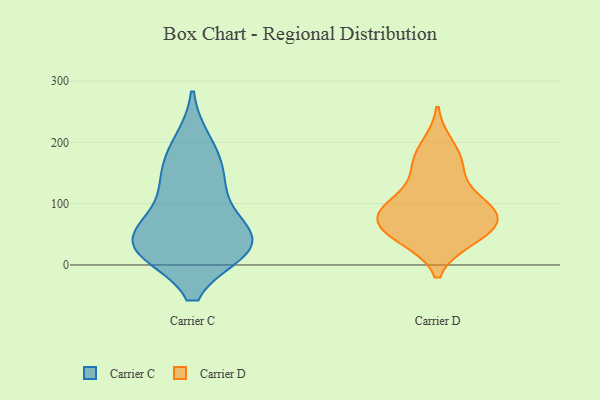
{"axis": {"x": "Revenue (USD Million)", "y": "Value"}, "legend": ["Carrier C", "Carrier D"], "data": [{"x": "", "y": 163, "type": "Carrier C"}, {"x": "", "y": 105, "type": "Carrier C"}, {"x": "", "y": 197, "type": "Carrier C"}, {"x": "", "y": 30, "type": "Carrier C"}, {"x": "", "y": 31, "type": "Carrier C"}, {"x": "", "y": 42, "type": "Carrier C"}, {"x": "", "y": 28, "type": "Carrier C"}, {"x": "", "y": 54, "type": "Carrier C"}, {"x": "", "y": 28, "type": "Carrier C"}, {"x": "", "y": 139, "type": "Carrier C"}, {"x": "", "y": 194, "type": "Carrier D"}, {"x": "", "y": 43, "type": "Carrier D"}, {"x": "", "y": 49, "type": "Carrier D"}, {"x": "", "y": 110, "type": "Carrier D"}, {"x": "", "y": 89, "type": "Carrier D"}, {"x": "", "y": 77, "type": "Carrier D"}, {"x": "", "y": 88, "type": "Carrier D"}, {"x": "", "y": 90, "type": "Carrier D"}, {"x": "", "y": 70, "type": "Carrier D"}, {"x": "", "y": 48, "type": "Carrier D"}, {"x": "", "y": 160, "type": "Carrier D"}, {"x": "", "y": 163, "type": "Carrier D"}]}